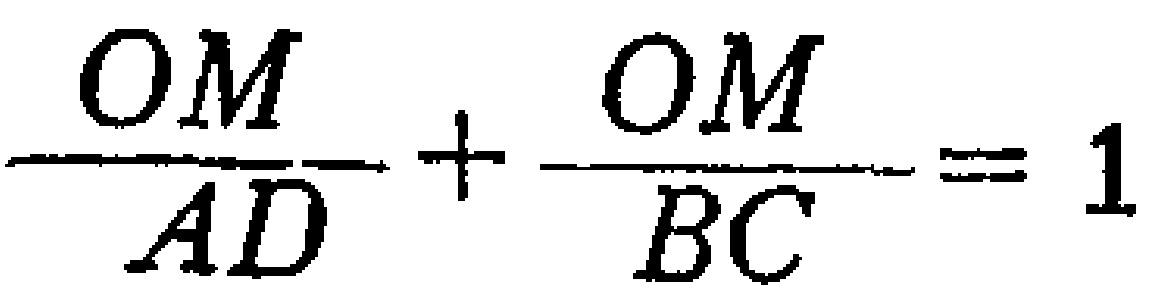
\(\frac{OM}{AD}+\frac{OM}{BC}=1\)